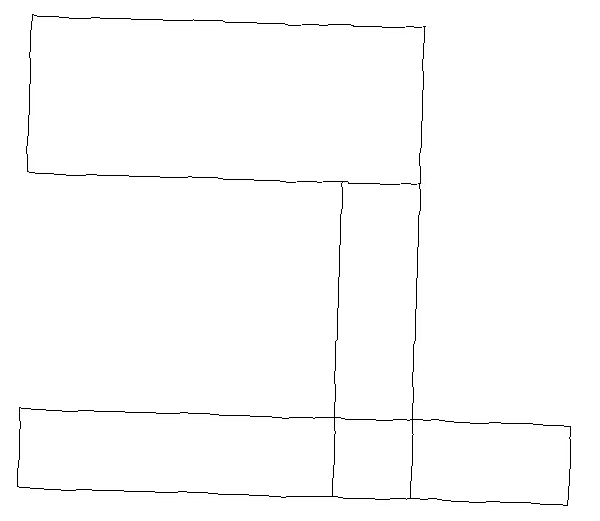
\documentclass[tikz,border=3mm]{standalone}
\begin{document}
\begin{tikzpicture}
\draw (7,13) rectangle (0,12);
\draw (5,16) rectangle (0,18);
\draw (4,16) rectangle (5,12);
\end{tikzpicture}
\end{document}